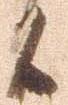
候